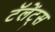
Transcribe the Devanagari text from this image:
टॅलेंट्स